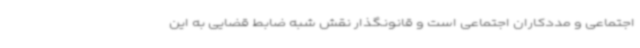
اجتماعی و مددکاران اجتماعی است و قانونگذار نقش شبه ضابط قضایی به این